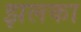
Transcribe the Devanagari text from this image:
झलका